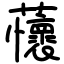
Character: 蘹